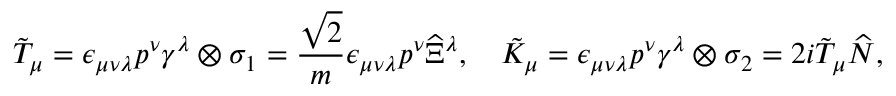
\tilde { \cal T } _ { \mu } = \epsilon _ { \mu \nu \lambda } p ^ { \nu } \gamma ^ { \lambda } \otimes \sigma _ { 1 } = \frac { \sqrt { 2 } } { m } \epsilon _ { \mu \nu \lambda } p ^ { \nu } \widehat { \Xi } { } ^ { \lambda } , \quad \tilde { \cal K } _ { \mu } = \epsilon _ { \mu \nu \lambda } p ^ { \nu } \gamma ^ { \lambda } \otimes \sigma _ { 2 } = 2 i \tilde { \cal T } _ { \mu } \widehat { N } ,